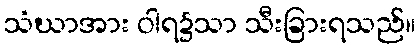
သံဃာအား ဝါရ၌သာ သီးခြားရသည်။